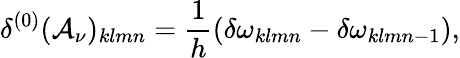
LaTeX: \delta^{(0)}({\cal A}_{\nu})_{klmn}={\frac{1}{h}}(\delta\omega_{klmn}-\delta\omega_{klmn-1}),